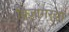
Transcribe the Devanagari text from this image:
बिजागर्‍या